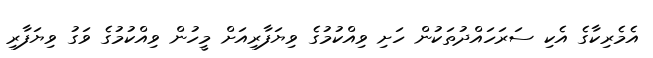
އެމެރިކާގެ އެކި ސަރަހައްދުތަކުން ހަށި ވިއްކުމުގެ ވިޔަފާރިއަށް މީހުން ވިއްކުމުގެ ވަގު ވިޔަފާރި